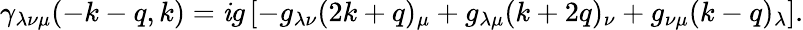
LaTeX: \gamma_{\lambda\nu\mu}(-k-q,k)=\mathit{i}g\left[-g_{\lambda\nu}(2k+q)_{\mu}+g_{\lambda\mu}(k+2q)_{\nu}+g_{\nu\mu}(k-q)_{\lambda}\right].